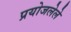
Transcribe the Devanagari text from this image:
प्रयोजलेले